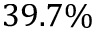
3 9 . 7 \%